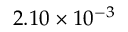
2 . 1 0 \times 1 0 ^ { - 3 }